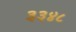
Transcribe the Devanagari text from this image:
३३४८